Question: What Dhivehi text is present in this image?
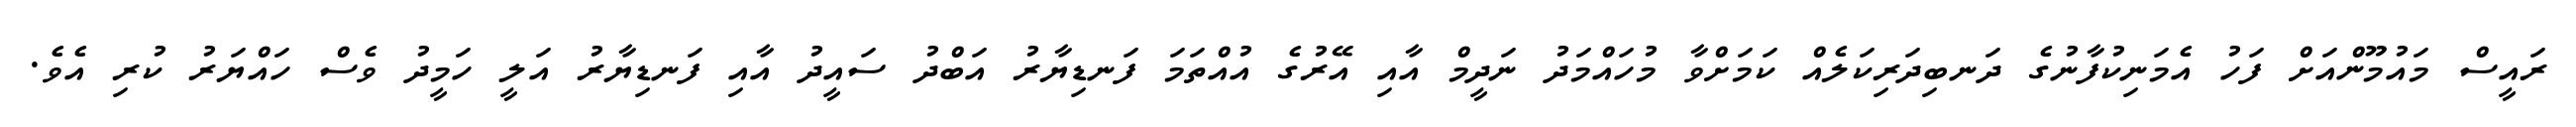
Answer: ރައީސް މައުމޫންއަށް ފަހު އެމަނިކުފާނުގެ ދަނބިދަރިކަލެއް ކަމަށްވާ މުހައްމަދު ނަދީމް އާއި އޭރުގެ އުއްތަމަ ފަނޑިޔާރު އަބްދު ސައީދު އާއި ފަނޑިޔާރު އަލީ ހަމީދު ވެސް ހައްޔަރު ކުރި އެވެ.